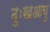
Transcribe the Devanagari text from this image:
दुःखआयु